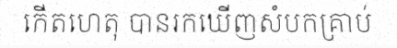
កើតហេតុ បានរកឃើញសំបកគ្រាប់